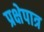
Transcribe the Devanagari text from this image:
प्रक्षेपात्र